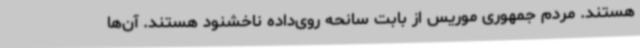
هستند. مردم جمهوری موریس از بابت سانحه روی‌داده ناخشنود هستند. آن‌ها